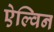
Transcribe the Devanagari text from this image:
ऐल्विन